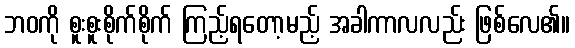
ဘဝကို စူးစူးစိုက်စိုက် ကြည့်ရတော့မည့် အခါကာလလည်း ဖြစ်လေ၏။